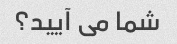
شما می آیید؟